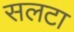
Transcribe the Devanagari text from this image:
सलटा